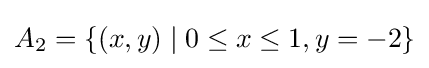
A_{2}=\{(x,y)\mid 0\leq x\leq 1,y=-2\}